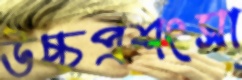
উচ্চপ্রশংসা